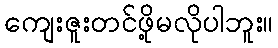
ကျေးဇူးတင်ဖို့မလိုပါဘူး။